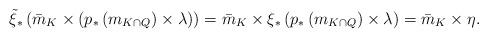
LaTeX: \begin{align*}\tilde{\xi}_{\ast}\left(\bar{m}_{K}\times\left(p_{\ast}\left(m_{K\cap Q}\right)\times\lambda\right)\right)=\bar{m}_{K}\times\xi_{\ast}\left(p_{\ast}\left(m_{K\cap Q}\right)\times\lambda\right)=\bar{m}_{K}\times\eta.\end{align*}